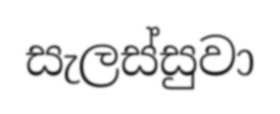
සැලස්සුවා